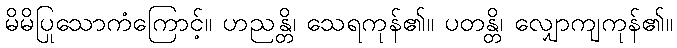
မိမိပြုသောကံကြောင့်။ ဟညန္တိ၊ သေရကုန်၏။ ပတန္တိ၊ လျှောကျကုန်၏။